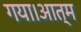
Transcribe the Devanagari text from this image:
गया।आत्म